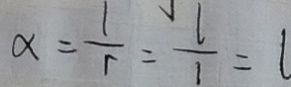
\alpha = \frac { 1 } { r } = \frac { 1 } { 1 } = l